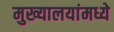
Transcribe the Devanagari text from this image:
मुख्यालयांमध्ये